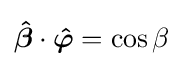
{\boldsymbol {\hat {\beta }}}\cdot {\boldsymbol {\hat {\varphi }}}=\cos {\beta }